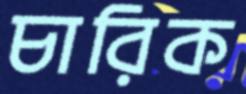
চারিক